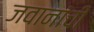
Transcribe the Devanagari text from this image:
जवानांची